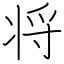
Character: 将